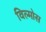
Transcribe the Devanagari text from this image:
विल्मोस